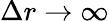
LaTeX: \Delta r\to\infty